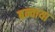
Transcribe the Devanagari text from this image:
बन्वाया